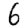
Digit: 6